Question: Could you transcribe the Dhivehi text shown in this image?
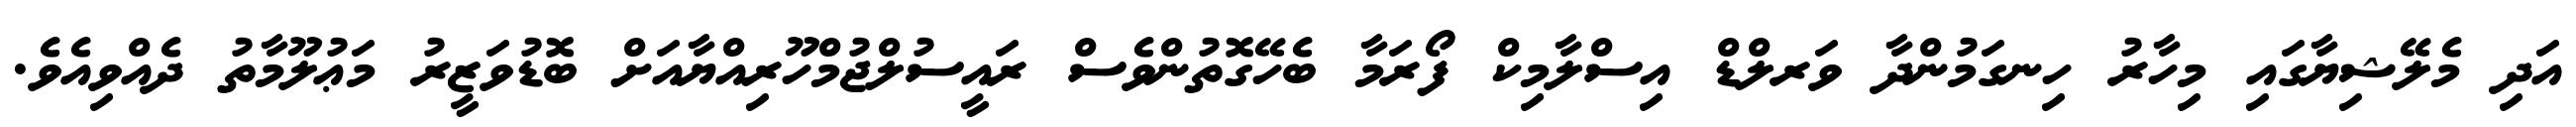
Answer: އަދި މެލޭޝިޔާގައި މިހާރު ހިނގަމުންދާ ވަރލްޑް އިސްލާމިކް ފޯރަމާ ބެހޭގޮތުންވެސް ރައީސުލްޖުމްހޫރިއްޔާއަށް ބޮޑުވަޒީރު މަޢުލޫމާތު ދެއްވިއެވެ.